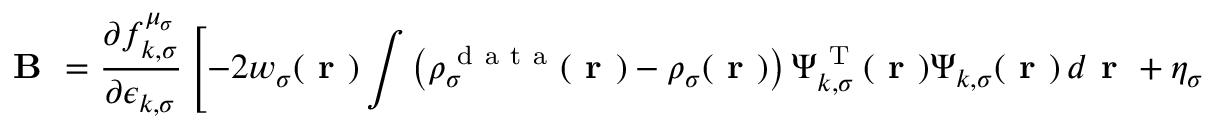
\boldsymbol { \textbf { B } } = \frac { \partial f _ { k , \sigma } ^ { \mu _ { \sigma } } } { \partial \epsilon _ { k , \sigma } } \left[ - 2 w _ { \sigma } ( \boldsymbol { \textbf { r } } ) \int \left( \rho _ { \sigma } ^ { \mathrm { ~ d ~ a ~ t ~ a ~ } } ( \boldsymbol { \textbf { r } } ) - \rho _ { \sigma } ( \boldsymbol { \textbf { r } } ) \right) \boldsymbol { \Psi } _ { k , \sigma } ^ { \mathrm { ~ T ~ } } ( \boldsymbol { \textbf { r } } ) \boldsymbol { \Psi } _ { k , \sigma } ( \boldsymbol { \textbf { r } } ) \, d \boldsymbol { \textbf { r } } + \eta _ { \sigma } \textbf { I } _ { m _ { k , \sigma } } \right]